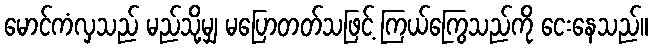
မောင်ကံလှသည် မည်သို့မျှ မပြောတတ်သဖြင့် ကြယ်ကြွေသည်ကို ငေးနေသည်။